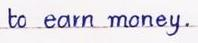
to earn money.